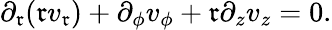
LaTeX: \partial_{\mathfrak{r}}(\mathfrak{r}v_{\mathfrak{r}})+\partial_{\phi}v_{\phi}+\mathfrak{r}\partial_{z}v_{z}=0.